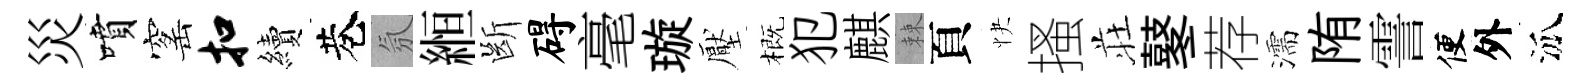
災噴窰扣續巷氛縆㫁碍毫璇壓概犯麒棘頁快搔荘鼕荐濡陏霅便外泒